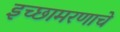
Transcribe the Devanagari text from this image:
इच्छामरणाचे